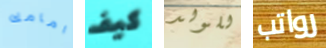
امامك كيف للولد رواتب